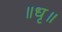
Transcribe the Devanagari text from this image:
॥धृ॥